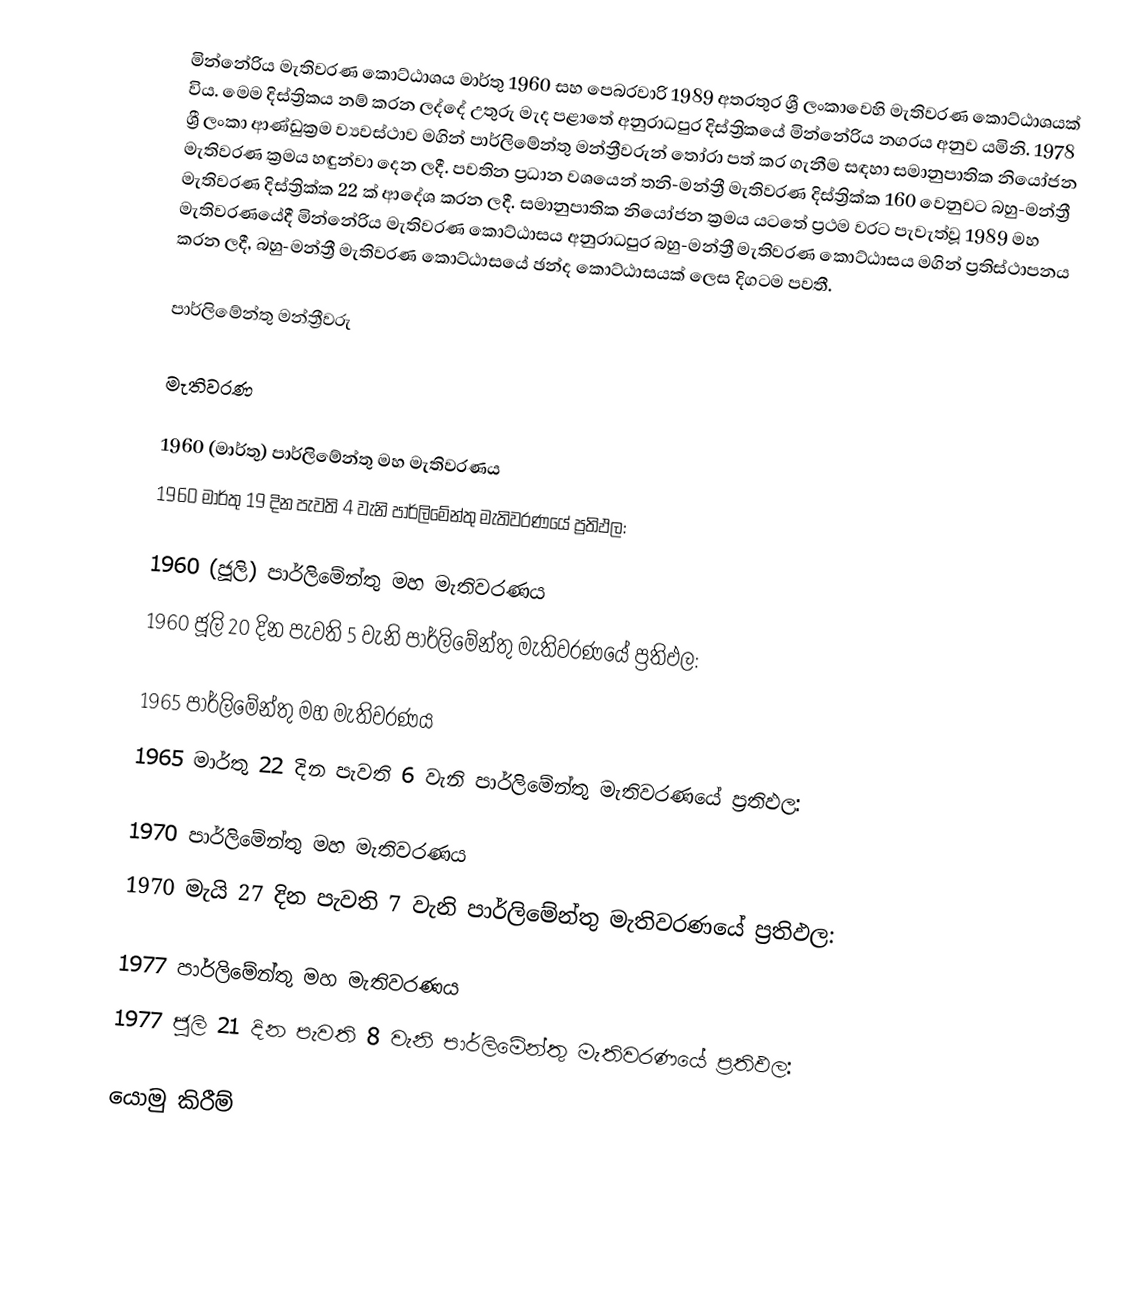
මින්නේරිය මැතිවරණ කොට්ඨාශය මාර්තු 1960 සහ පෙබරවාරි 1989 අතරතුර ශ්‍රී ලංකාවෙහි මැතිවරණ කොට්ඨාශයක් විය. මෙම දිස්ත්‍රිකය නම් කරන ලද්දේ උතුරු මැද පළාතේ අනුරාධපුර දිස්ත්‍රිකයේ  මින්නේරිය නගරය අනුව යමිනි. 1978 ශ්‍රී ලංකා ආණ්ඩුක්‍රම ව්‍යවස්ථාව මගින් පාර්ලිමේන්තු මන්ත්‍රීවරුන් තෝරා පත් කර ගැනීම සඳහා සමානුපාතික නියෝජන මැතිවරණ ක්‍රමය හඳුන්වා දෙන ලදී. පවතින ප්‍රධාන වශයෙන් තනි-මන්ත්‍රී මැතිවරණ දිස්ත්‍රික්ක 160 වෙනුවට බහු-මන්ත්‍රී මැතිවරණ දිස්ත්‍රික්ක 22 ක් ආදේශ කරන ලදී. සමානුපාතික නියෝජන ක්‍රමය යටතේ ප්‍රථම වරට පැවැත්වූ 1989 මහ මැතිවරණයේදී මින්නේරිය මැතිවරණ කොට්ඨාසය අනුරාධපුර බහු-මන්ත්‍රී මැතිවරණ කොට්ඨාසය මගින් ප්‍රතිස්ථාපනය කරන ලදී, බහු-මන්ත්‍රී මැතිවරණ කොට්ඨාසයේ ඡන්ද කොට්ඨාසයක් ලෙස දිගටම පවතී.

පාර්ලිමේන්තු මන්ත්‍රීවරු

මැතිවරණ

1960 (මාර්තු) පාර්ලිමේන්තු මහ මැතිවරණය
1960 මාර්තු 19 දින පැවති 4 වැනි පාර්ලිමේන්තු මැතිවරණයේ ප්‍රතිඵල:

1960 (ජූලි) පාර්ලිමේන්තු මහ මැතිවරණය
1960 ජූලි 20 දින පැවති 5 වැනි පාර්ලිමේන්තු මැතිවරණයේ ප්‍රතිඵල:

1965 පාර්ලිමේන්තු මහ මැතිවරණය
1965 මාර්තු 22 දින පැවති 6 වැනි පාර්ලිමේන්තු මැතිවරණයේ ප්‍රතිඵල:

1970 පාර්ලිමේන්තු මහ මැතිවරණය
1970 මැයි 27 දින පැවති 7 වැනි පාර්ලිමේන්තු මැතිවරණයේ ප්‍රතිඵල:

1977 පාර්ලිමේන්තු මහ මැතිවරණය
1977 ජූලි 21 දින පැවති 8 වැනි පාර්ලිමේන්තු මැතිවරණයේ ප්‍රතිඵල:

යොමු කිරීම්